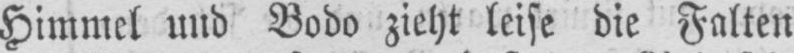
Himmel und Bodo zieht leise die Falten